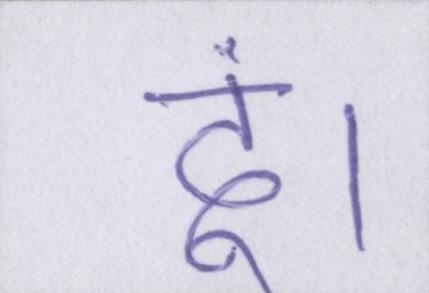
दूं।